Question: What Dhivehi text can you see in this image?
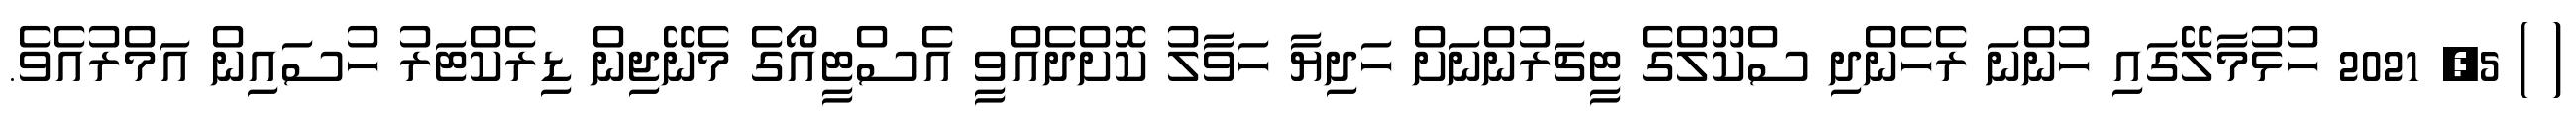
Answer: ( ) 5, 2021 ހުޅުމާލޭގައި ހުންނަ ރެހެންދި ސްކޫލްގެ ޓީޗަރުންނަށް ހަދިޔާ ހަވާލު ކޮށްދެއްވީ އެސްޓީއޯގެ މެނޭޖިން ޑިރެކްޓަރު ހުސައިން އަމްރުއެވެ.